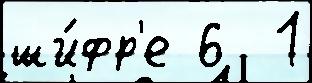
ши́фр'е 6  1